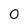
Character: 0